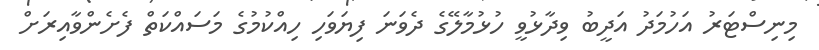
މިނިސްޓަރު އަހުމަދު އަދީބު ވިދާޅުވީ ހުޅުމާލޭގެ ދެވަނަ ފިޔަވަހި ހިއްކުމުގެ މަސައްކަތް ފެށެންވާއިރަށް